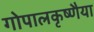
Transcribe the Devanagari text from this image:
गोपालकृष्णैया